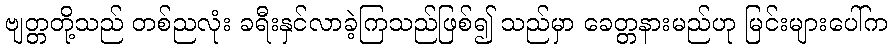
ဗျတ္တတို့သည် တစ်ညလုံး ခရီးနှင်လာခဲ့ကြသည်ဖြစ်၍ သည်မှာ ခေတ္တနားမည်ဟု မြင်းများပေါ်က